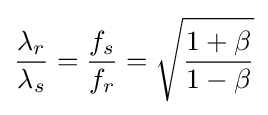
{\frac {\lambda _{r}}{\lambda _{s}}}={\frac {f_{s}}{f_{r}}}={\sqrt {\frac {1+\beta }{1-\beta }}}